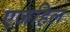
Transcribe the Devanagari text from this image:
एजहिल